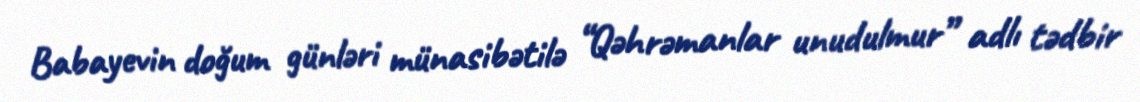
Babayevin doğum günləri münasibətilə “Qəhrəmanlar unudulmur” adlı tədbir